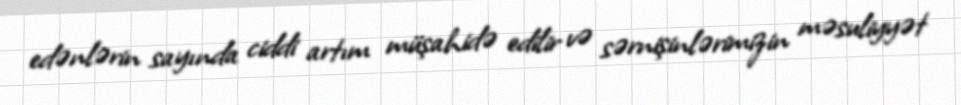
edənlərin sayında ciddi artım müşahidə edilir və sərnişinlərimizin məsuliyyət